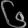
Digit: ၆